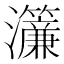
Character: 𤅃